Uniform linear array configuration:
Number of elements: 16
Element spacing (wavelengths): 0.5
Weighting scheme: exponential
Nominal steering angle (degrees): -45
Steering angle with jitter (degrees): -46.446
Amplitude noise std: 0.05
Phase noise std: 0.05

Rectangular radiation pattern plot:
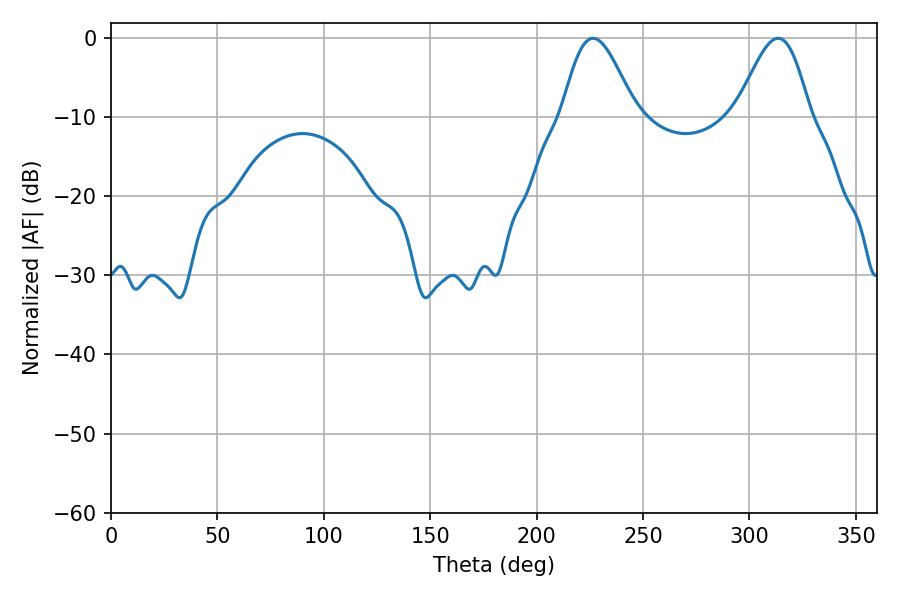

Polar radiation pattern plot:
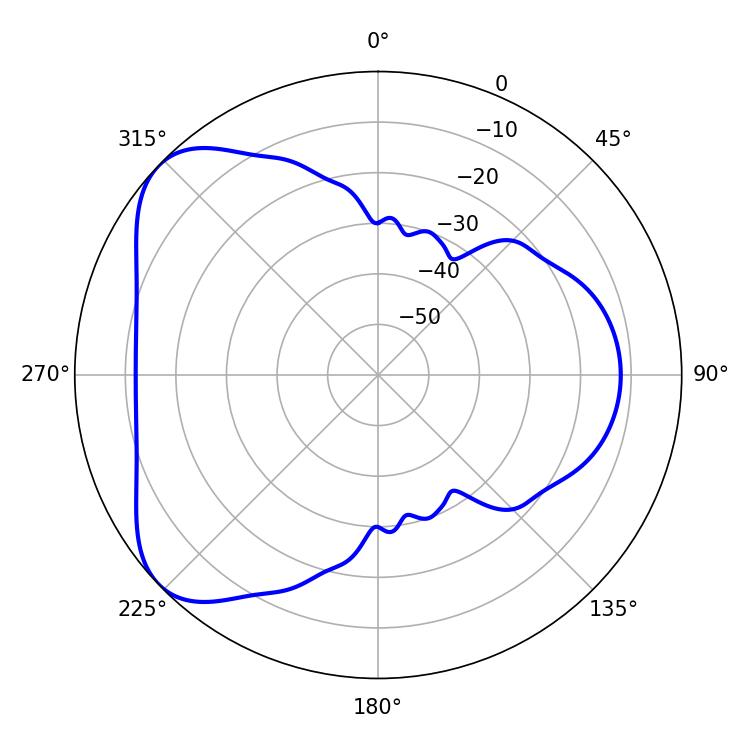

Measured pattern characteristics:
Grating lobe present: FALSE
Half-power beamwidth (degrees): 18.36
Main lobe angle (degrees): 226.44